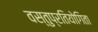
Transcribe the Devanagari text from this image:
वस्तुप्रतियोगिता